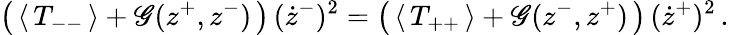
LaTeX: \left(\, \langle\, T_{--}\, \rangle+\mathscr{G}(z^{+},z^{-})\, \right)\, (\dot{{z}}^{-})^{2}=\left(\, \langle\, T_{++}\, \rangle+\mathscr{G}(z^{-},z^{+})\, \right)\, (\dot{{z}}^{+})^{2}\, .